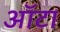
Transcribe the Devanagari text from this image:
ऑटा